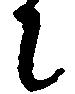
に